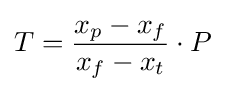
T={\frac {x_{p}-x_{f}}{x_{f}-x_{t}}}\cdot P